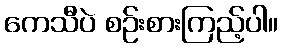
ကေသီပဲ စဉ်းစားကြည့်ပါ။